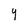
Character: Y